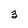
Character: 3